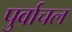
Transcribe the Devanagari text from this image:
पुर्वाचल